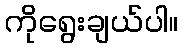
ကိုရွေးချယ်ပါ။